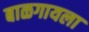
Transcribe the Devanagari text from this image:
बाळगायला